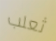
ثعلب